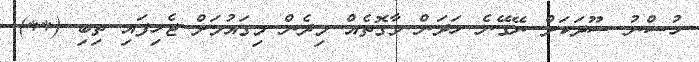
ހުސްނު ސޫދަކަށް ނޭގޭނެ ހަދަން ވާގޮތެއް މިދެން މިގައުމަށް ޖެހިފައި ތިބި (**)